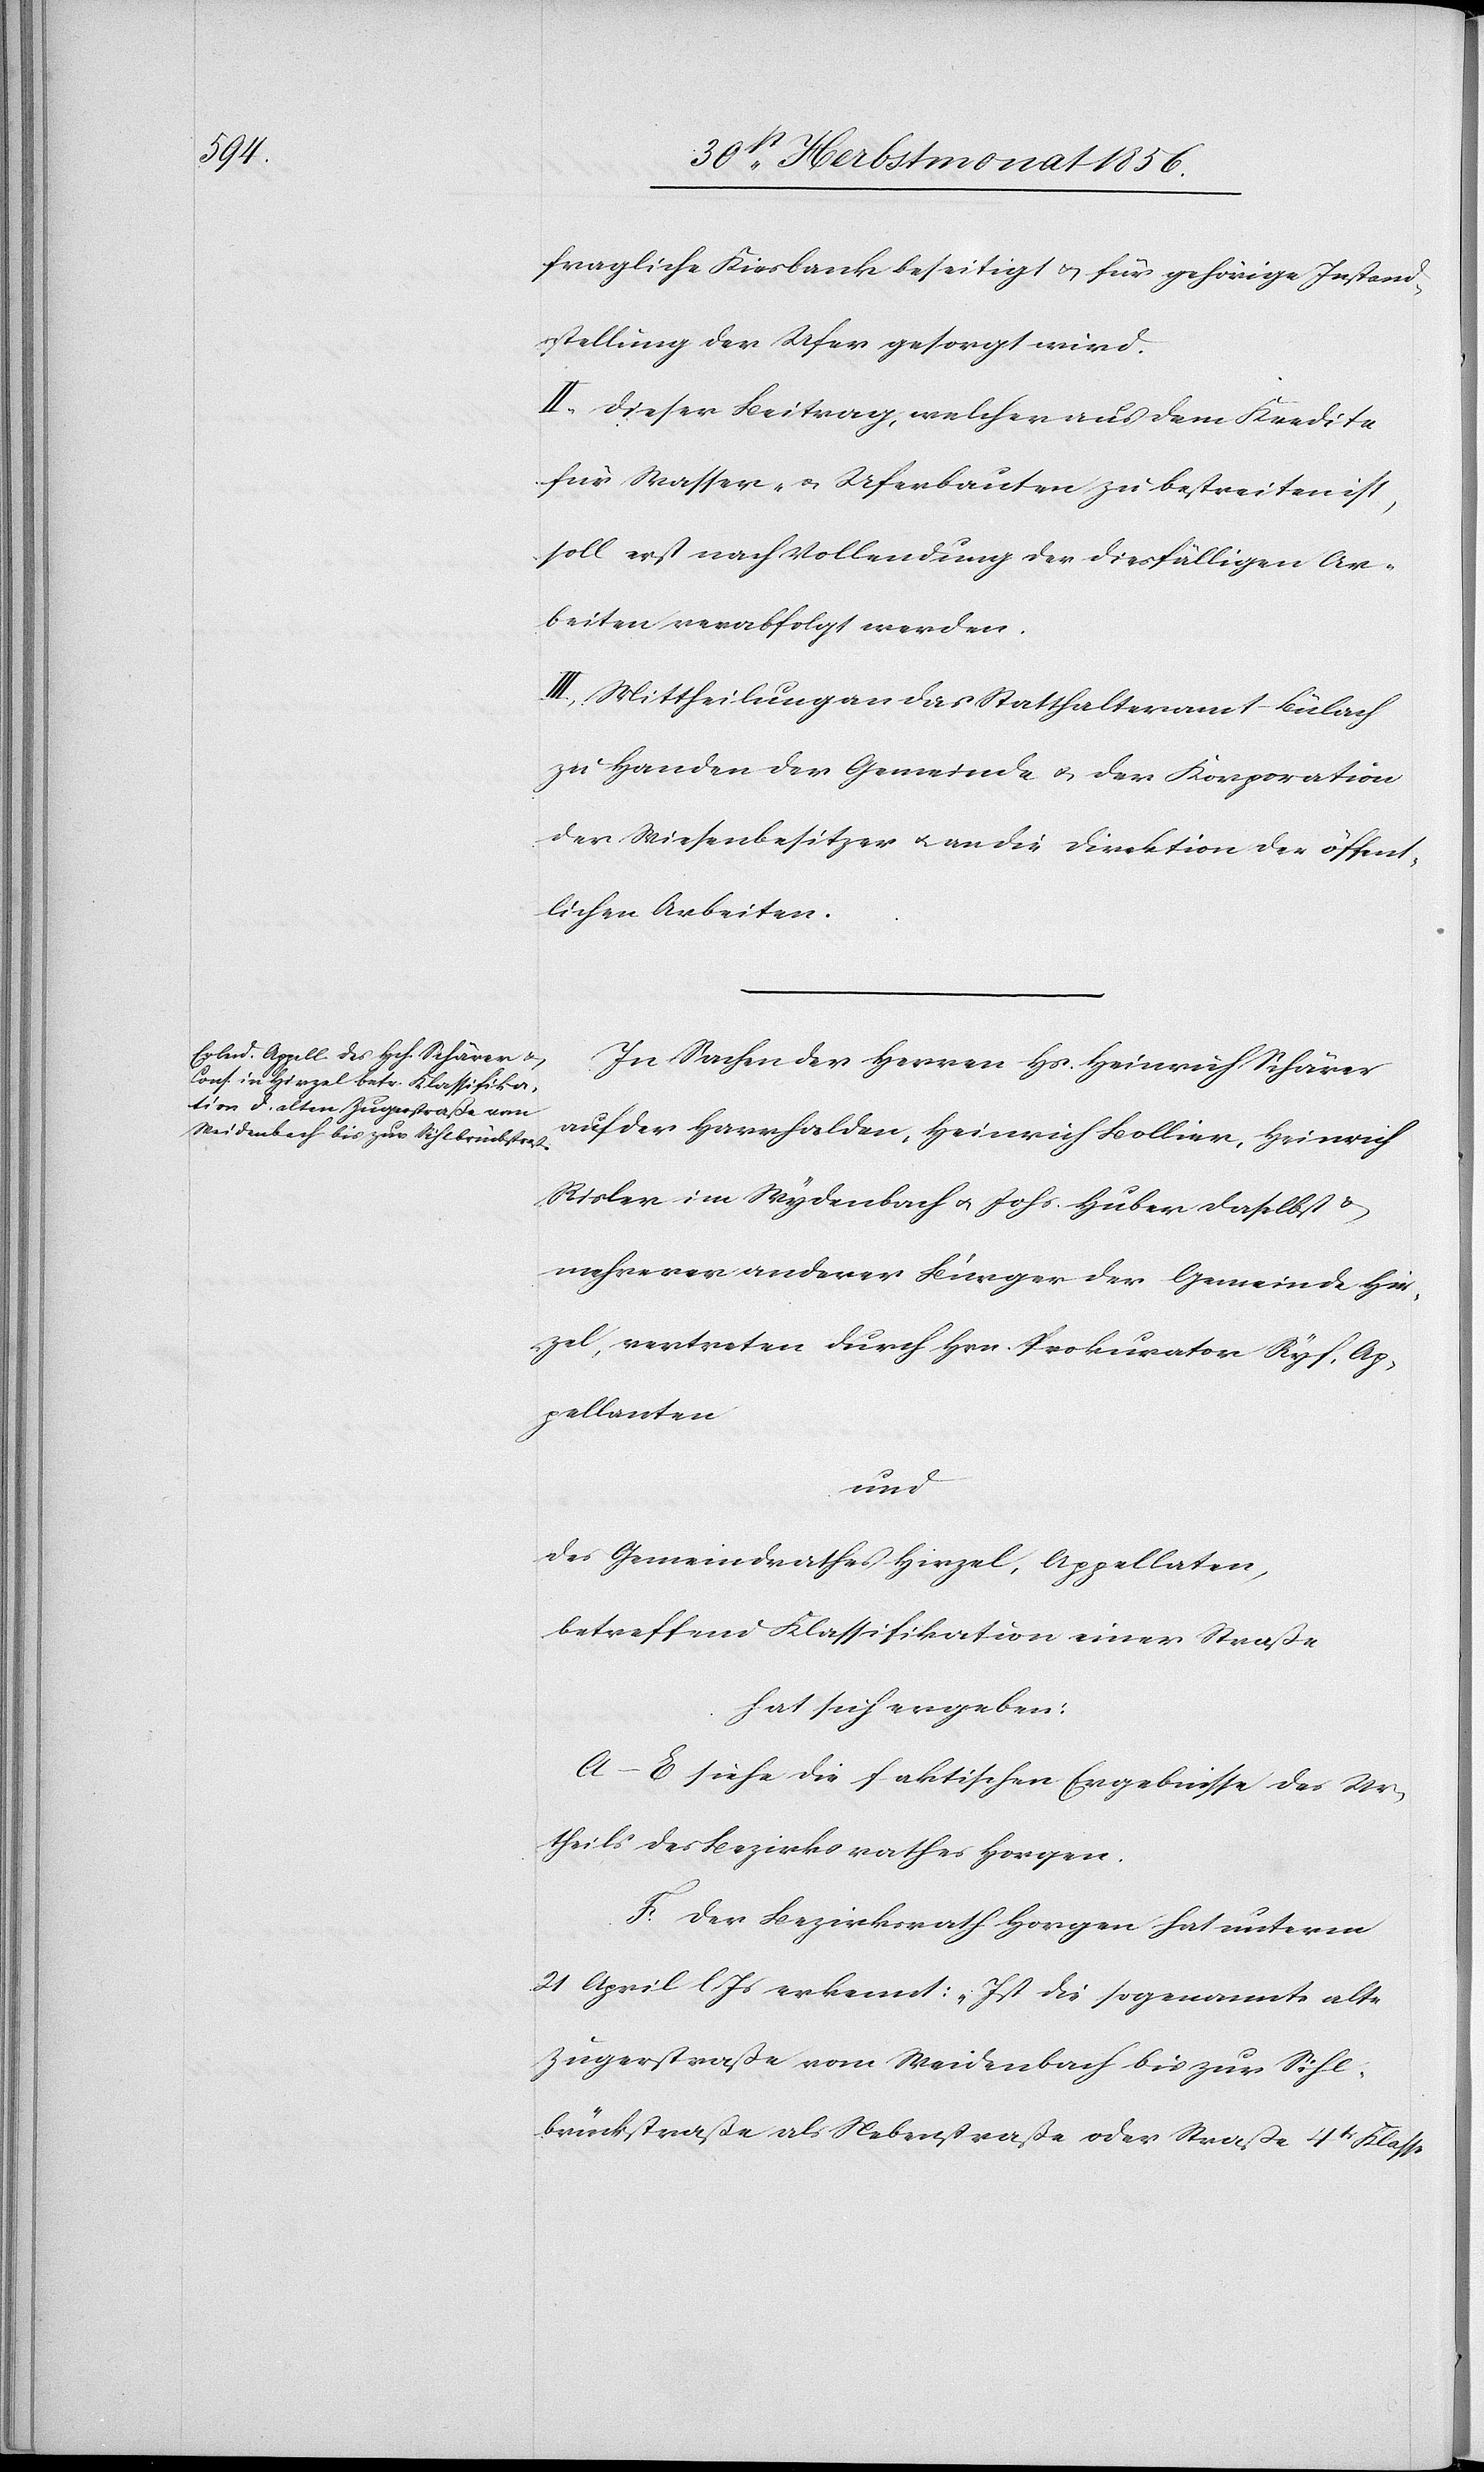
fragliche Kiesbank beseitigt & für gehörige Instand¬
stellung der Ufer gesorgt wird.
II.) Dieser Beitrag, welcher aus dem Kredite
für Wasser- u. Uferbauten zu bestreiten ist,
soll erst nach Vollendung der diesfälligen Ar¬
beiten verabfolgt werden.
III.) Mittheilung an das Statthalteramt Bülach
zu Handen der Gemeinde u. der Korporation
der Wiesenbesitzer u. an die Direktion der öffent¬
lichen Arbeiten.
In Sachen der Herren Hs. Heinrich Schärer
auf der Harrhalden, Heinrich Bollier, Heinrich
Risler im Wydenbach u. Johs. Huber daselbst &
mehrerer anderer Bürger der Gemeinde Hir¬
zel, vertreten durch Hrn. Prokurator Ryf, Ap¬
pellanten
und
des Gemeindrathes Hirzel, Appellaten,
betreffend Klassifikation einer Straße
hat sich ergeben:
A.–E. siehe die faktischen Ergebnisse des Ur¬
theils des Bezirksrathes Horgen.
F. Der Bezirksrath Horgen hat unterm
21 April l Js erkennt: „Ist die sogenannte alte
Zugerstraße vom Weidenbach bis zur Sihl¬
brückstraße als Nebenstraße oder Straße 4tr Klasse